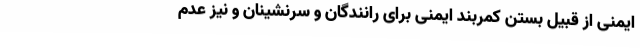
ایمنی از قبیل بستن کمربند ایمنی برای رانندگان و سرنشینان و نیز عدم